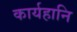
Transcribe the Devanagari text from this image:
कार्यहानि